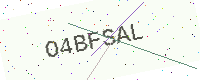
Text: O4BFSAL